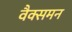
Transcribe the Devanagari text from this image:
वैक्समन